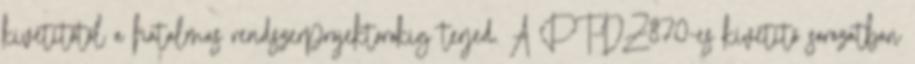
kivetítőtől a hatalmas rendszerprojektorokig terjed. A PT-DZ870-es kivetítő sorozatban